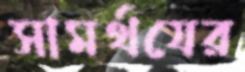
সামর্থযের